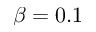
\beta = 0 . 1